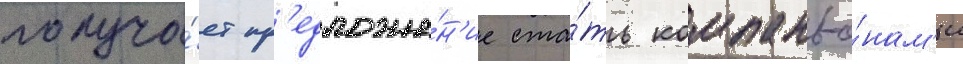
получа́ет пр'едложе́н'ие ста́ть компаньо́нам'и